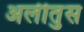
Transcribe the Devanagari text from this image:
अलीतुस